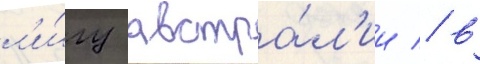
л'и́гу австра́л'ии / в